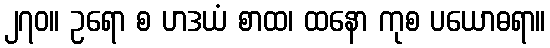
၂၇၀။ ဥရော စ ဟဒယံ စာထ၊ ထနော ကုစ ပယောဓရာ။